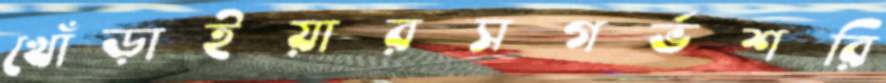
খোঁড়াইয়ারসগর্ভশরি